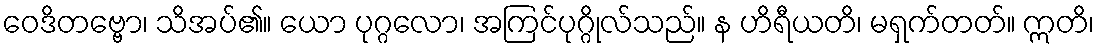
ဝေဒိတဗ္ဗော၊ သိအပ်၏။ ယော ပုဂ္ဂလော၊ အကြင်ပုဂ္ဂိုလ်သည်။ န ဟိရီယတိ၊ မရှက်တတ်။ ဣတိ၊